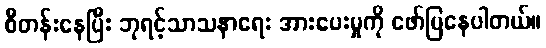
စီတန်းနေပြီး ဘုရင့်သာသနာရေး အားပေးမှုကို ဖော်ပြနေပါတယ်။